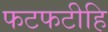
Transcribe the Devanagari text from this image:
फटफटीहि